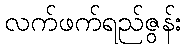
လက်ဖက်ရည်ဇွန်း